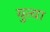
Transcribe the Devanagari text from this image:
युत्या